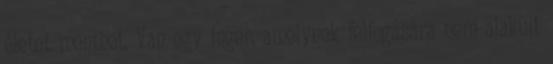
életet menthet. Van egy inger, amelynek felfogására nem alakult